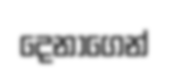
දෙනාගෙන්